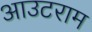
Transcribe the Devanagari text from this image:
आउटराम